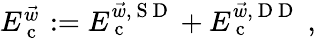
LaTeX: \begin{array}{r}{E_{\mathrm{~c~}}^{\vec{w}}:=E_{\mathrm{~c~}}^{\vec{w},{\mathrm{~S~D~}}}+E_{\mathrm{~c~}}^{\vec{w},{\mathrm{~D~D~}}}\; ,}\end{array}